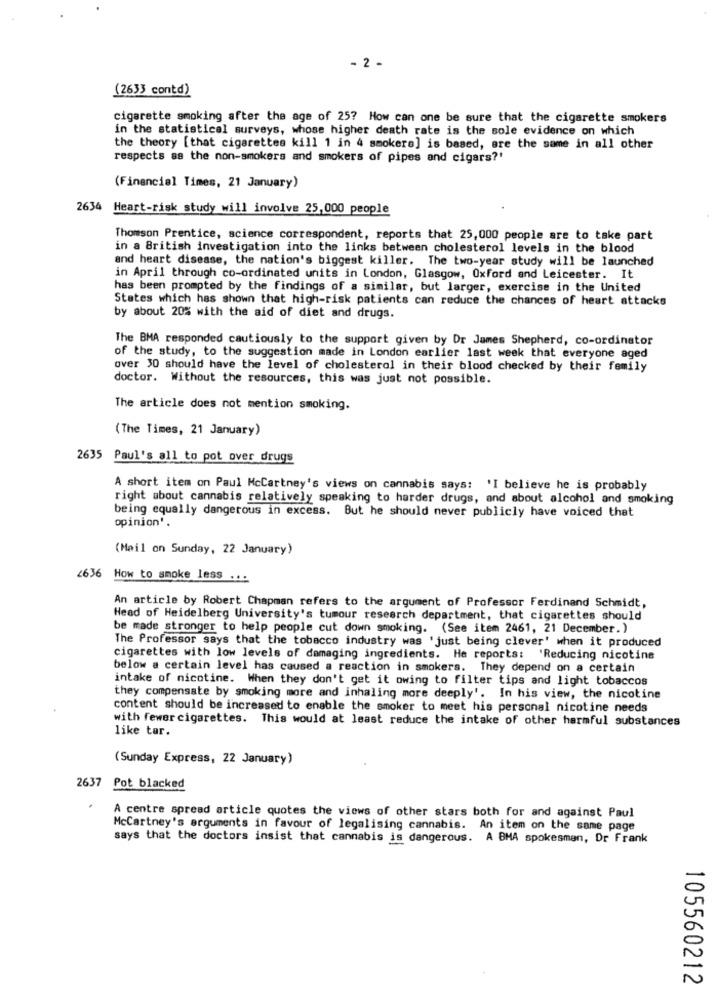
- 2 -
(2633 contd)
cigarette smoking after the age of 25? How can one be sure that the cigarette smokers
in the statistical surveys, whose higher death rate is the sole evidence on which
the theory [that cigarettes kill 1 in 4 smokers] is based, are the same in all other
respects as the non-smokers and smokers of pipes and cigars?'
(Financial Times, 21 January)
2634
Heart-risk study will involve 25,000 people
Thomson Prentice, science correspondent, reports that 25,000 people are to take part
in a British investigation into the links between cholesterol levels in the blood
and heart disease, the nation's biggest killer. The two-year study will be launched
in April through co-ordinated units in London, Glasgow, Oxford and Leicester. It
has been prompted by the findings of a similar, but larger, exercise in the United
States which has shown that high-risk patients can reduce the chances of heart attacks
by about 20% with the aid of diet and drugs.
The BMA responded cautiously to the support given by Dr James Shepherd, co-ordinator
of the study, to the suggestion made in London earlier last week that everyone aged
over 30 should have the level of cholesterol in their blood checked by their family
doctor. Without the resources, this was just not possible.
The article does not mention smoking.
(The Times, 21 January)
2635
Paul's all to pot over drugs
A short item on Paul Mccartney's views on cannabis says: 'I believe he is probably
right about cannabis relatively speaking to harder drugs, and about alcohol and smoking
being equally dangerous in excess. But he should never publicly have voiced that
opinion'.
(Mail on Sunday, 22 January)
2636
How to smoke less ...
An article by Robert Chapman refers to the argument of Professor Ferdinand Schmidt,
Head of Heidelberg University's tumour research department, that cigarettes should
be made stronger to help people cut down smoking. (See item 2461, 21 December.)
The Professor says that the tobacco industry was 'just being clever' when it produced
cigarettes with low levels of damaging ingredients. He reports: 'Reducing nicotine
below a certain level has caused a reaction in smokers. They depend on a certain
intake of nicotine. When they don't get it owing to filter tips and light tobaccos
they compensate by smoking more and inhaling more deeply'. In his view, the nicotine
content should be increased to enable the smoker to meet his personal nicotine needs
with fewer cigarettes. This would at least reduce the intake of other harmful substances
like tar.
(Sunday Express, 22 January)
2637 Pot blacked
A centre spread article quotes the views of other stars both for and against Paul
McCartney's arguments in favour of legalising cannabis. An item on the same page
says that the doctors insist that cannabis is dangerous. A BMA spokesman, Dr Frank
105560212